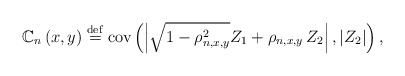
\begin{align*}{\Bbb C}_{n}\left( x,y\right) \stackrel{\rm def}{=}\mbox{{\rm cov}}\left(\left| \sqrt{1-\rho _{n,x,y}^{2}}Z_{1}+\rho _{n,x,y}\,Z_{2}\right|,|Z_{2}|\right) , \end{align*}